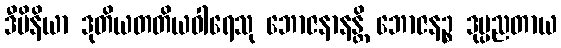
ဒီပိနိယာ ဒုတိယတတိယဝါရေသု ဘောဇနာနန္တိ ဘောဇနဉ္စ ဒုပ္ပညတာယ